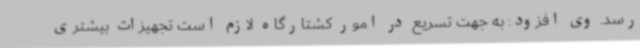
رسد. وی افزود: به جهت تسریع در امور کشتارگاه لازم است تجهیزات بیشتری